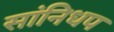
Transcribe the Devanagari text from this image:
सांनिधप